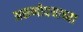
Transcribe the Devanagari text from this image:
अरुणोदयाच्या